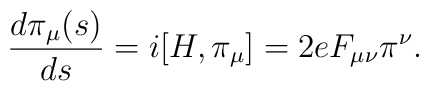
\frac{d\pi_{\mu}(s)}{ds}=i[H,\pi_{\mu}]     =2eF_{\mu\nu}\pi^{\nu} .